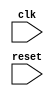
module Loop
  #(parameter ITERATIONS = 10) 
  (
    input wire clk,
    input wire reset,
    // Add any other inputs required for condition evaluation
    // Add any outputs required for block behavior
  );

  reg [7:0] counter;

  always @(posedge clk or posedge reset)
    if (reset)
      counter <= 0;
    else
       if (counter < ITERATIONS)
         begin
           // Add code block for specific condition 1  
           counter <= counter + 1;
         end 
       else
         begin
           // Add code block for specific condition 2
         end 
endmodule